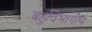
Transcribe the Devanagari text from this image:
बहुविभागीय